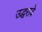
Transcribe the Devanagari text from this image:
उद्धरावे